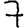
Digit: 7